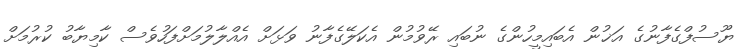
ޔޫސުފްގެފާނުގެ އަޚުން އެބައިމީހުންގެ ނުބައި ރޭވުމުން އެކަލޭގެފާނު ވަޅަށް އެއްލާލުމަށްފަހުވެސް ކާމިޔާބު ކުރުމަށް